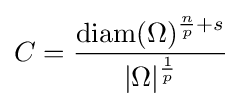
C={\frac {{\text{diam}}(\Omega )^{{\frac {n}{p}}+s}}{|\Omega |^{\frac {1}{p}}}}